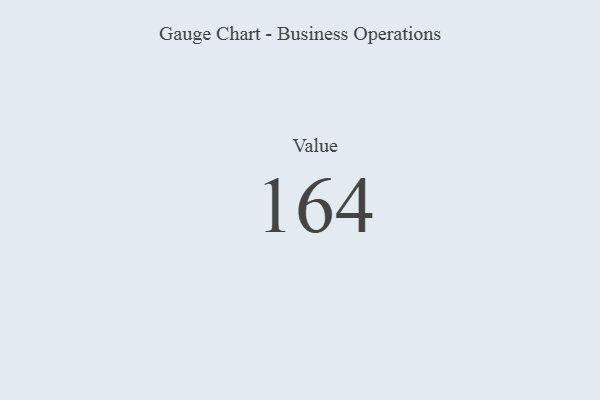
{"axis": {"x": "Metric", "y": "Value"}, "legend": [""], "data": [{"x": "Value", "y": 164, "type": ""}]}